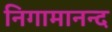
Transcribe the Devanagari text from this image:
निगामानन्द